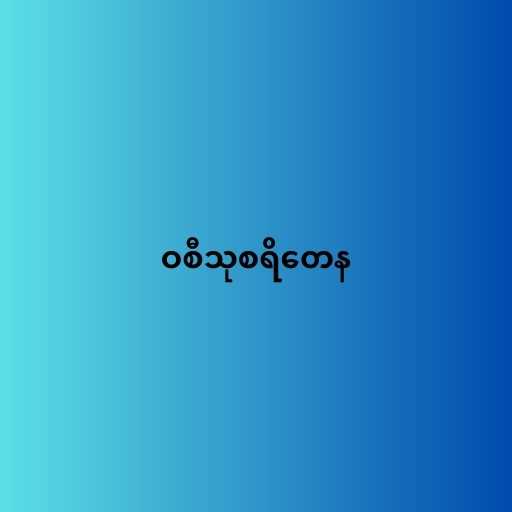
ဝစီသုစရိတေန